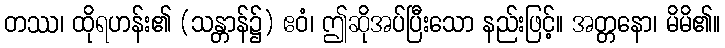
တဿ၊ ထိုရဟန်း၏ (သန္တာန်၌) ဧဝံ၊ ဤဆိုအပ်ပြီးသော နည်းဖြင့်။ အတ္တနော၊ မိမိ၏။